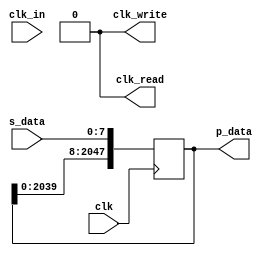
module s2p (input clk, input clk_in, input wire[7:0] s_data, output reg[2047:0] p_data, output reg clk_read, output reg clk_write);
reg[3:0] i=0;
reg[3:0] row=0;
reg[9:0] count=0;


initial begin
	p_data = 2048'b0;
	clk_read = 1'b0;
	clk_write = 1'b0;
end

always @(posedge clk) begin
	p_data <= {p_data[2039:0], s_data};
	clk_read <= 1'b0;
	count <= count + 1'b1;
end

always @(posedge clk_in) begin
	clk_write <= 1'b0;
	clk_read <= 1'b0;
	
end

always @(negedge clk) begin
	if (count == 255) begin
		clk_read <= 1'b1;
	end
	if (count == 256) begin
		count <= 0;
		clk_write <= 1'b1;
	end
end

endmodule